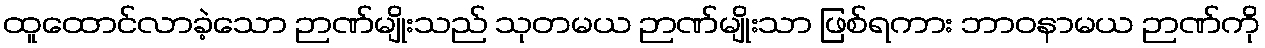
ထူထောင်လာခဲ့သော ဉာဏ်မျိုးသည် သုတမယ ဉာဏ်မျိုးသာ ဖြစ်ရကား ဘာဝနာမယ ဉာဏ်ကို